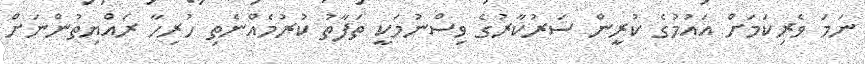
ނަމަ ވެރިކަމަށް އައުމުގެ ކުރީން ސަރުކާރުގެ ވިސްނުމަކީ ތަފާތު ކުރުމެއްނެތި ހުރިހާ ރައްޔިތުންނަށް